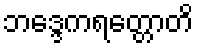
ဘဒ္ဒေကရတ္တောတိ